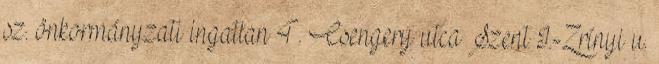
sz. önkormányzati ingatlan 4. Csengery utca Szent I.-Zrínyi u.